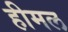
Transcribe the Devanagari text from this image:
हीमल